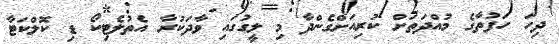
ދިހަ ހަފުތާގެ މުއްދަތަށް ކުރިއަށްގެންދާ މި ލީގުގައި ވާދަކުރާ އެތުލެޓިކޯ ޑި ކޮލްކަޓާ